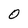
Character: 0